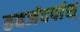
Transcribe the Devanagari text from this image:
ठवजंदपांश्